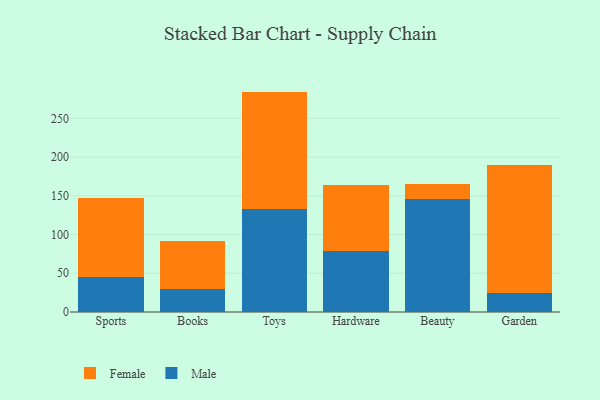
{"axis": {"x": "Category", "y": "Conversion Rate (%)"}, "legend": ["Female", "Male"], "data": [{"x": "Sports", "y": 44.8, "type": "Male"}, {"x": "Sports", "y": 102.5, "type": "Female"}, {"x": "Books", "y": 29.4, "type": "Male"}, {"x": "Books", "y": 61.7, "type": "Female"}, {"x": "Toys", "y": 132.4, "type": "Male"}, {"x": "Toys", "y": 152.1, "type": "Female"}, {"x": "Hardware", "y": 78.2, "type": "Male"}, {"x": "Hardware", "y": 85.6, "type": "Female"}, {"x": "Beauty", "y": 145.5, "type": "Male"}, {"x": "Beauty", "y": 20.2, "type": "Female"}, {"x": "Garden", "y": 24.4, "type": "Male"}, {"x": "Garden", "y": 165.2, "type": "Female"}]}